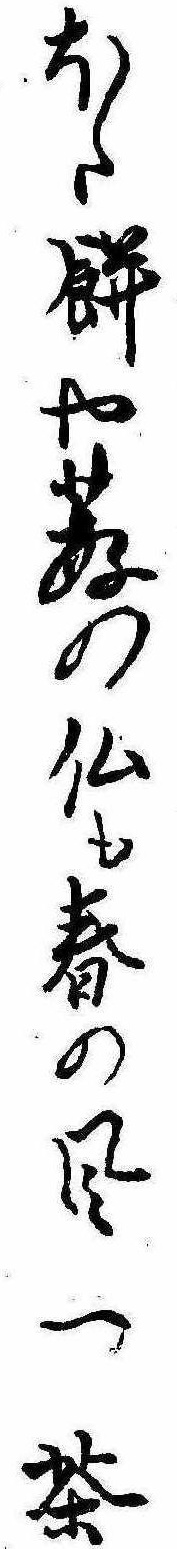
ほた餅や薮の仏も春の風一茶